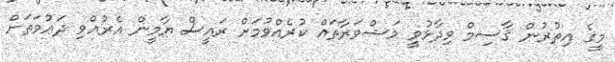
މީގެ އިތުރުން ޤާސިމް ވިދާޅުވީ މަޝްވަރާތައް ކުރެއްވުމަށް ރައީސް ޔާމީން އެރުއްވި ދަޢުވަތަށް